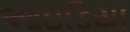
આઇડિયા